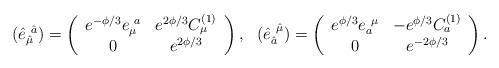
LaTeX: \begin{align*}\left. \begin{array}{cc}(\hat{e}_{\hat{\mu}}^{\ \hat{a}})=\left(\begin{array}{cc}e^{-\phi/3}e_{\mu}^{\ a} & e^{2\phi/3}C^{(1)}_{\mu}\\0 & e^{2\phi/3}\end{array}\right),&(\hat{e}^{\ \hat{\mu}}_{\hat{a}})=\left(\begin{array}{cc}e^{\phi/3}e^{\ \mu}_{a} & -e^{\phi/3}C^{(1)}_{a}\\0 & e^{-2\phi/3}\end{array}\right).\end{array}\right.\end{align*}